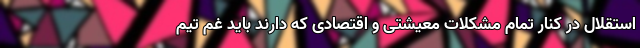
استقلال در کنار تمام مشکلات معیشتی و اقتصادی که دارند باید غم تیم